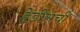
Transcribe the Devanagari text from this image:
हेडीसची